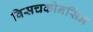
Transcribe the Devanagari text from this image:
विसचकोनसिन